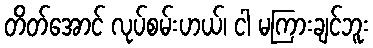
တိတ်အောင် လုပ်စမ်းဟယ်၊ ငါ မကြားချင်ဘူး